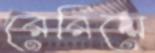
রেরিয়ে